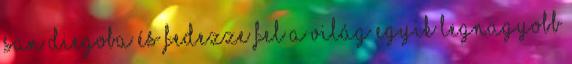
San Diegoba és fedezze fel a világ egyik legnagyobb